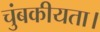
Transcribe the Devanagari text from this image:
चुंबकीयता।